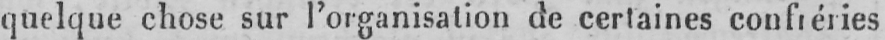
quelque chose sur l’organisation de certaines confréries